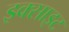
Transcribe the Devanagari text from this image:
इक्साइट